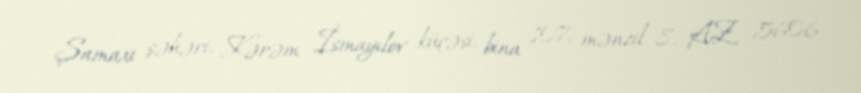
Şamaxı şəhəri, Kərəm İsmayılov küçəsi, bina 107, mənzil 8, AZ 5606